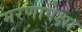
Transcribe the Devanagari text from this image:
मरणापेक्षा